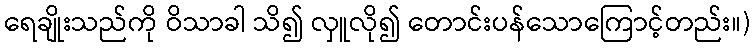
ရေချိုးသည်ကို ဝိသာခါ သိ၍ လှူလို၍ တောင်းပန်သောကြောင့်တည်း။)